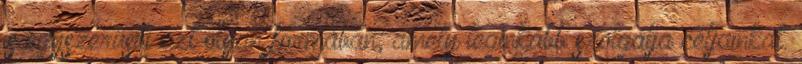
is egyszerűsíti azt olyan formában, amely leginkább szolgálja céljainkat.